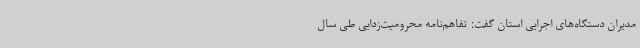
مدیران دستگاه‌های اجرایی استان گفت: تفاهم‌نامه محرومیت‌زدایی طی سال